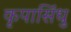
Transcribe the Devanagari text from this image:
कृपासिंधु